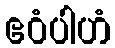
ဧဝံပါဟံ